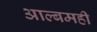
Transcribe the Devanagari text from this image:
आल्बमही